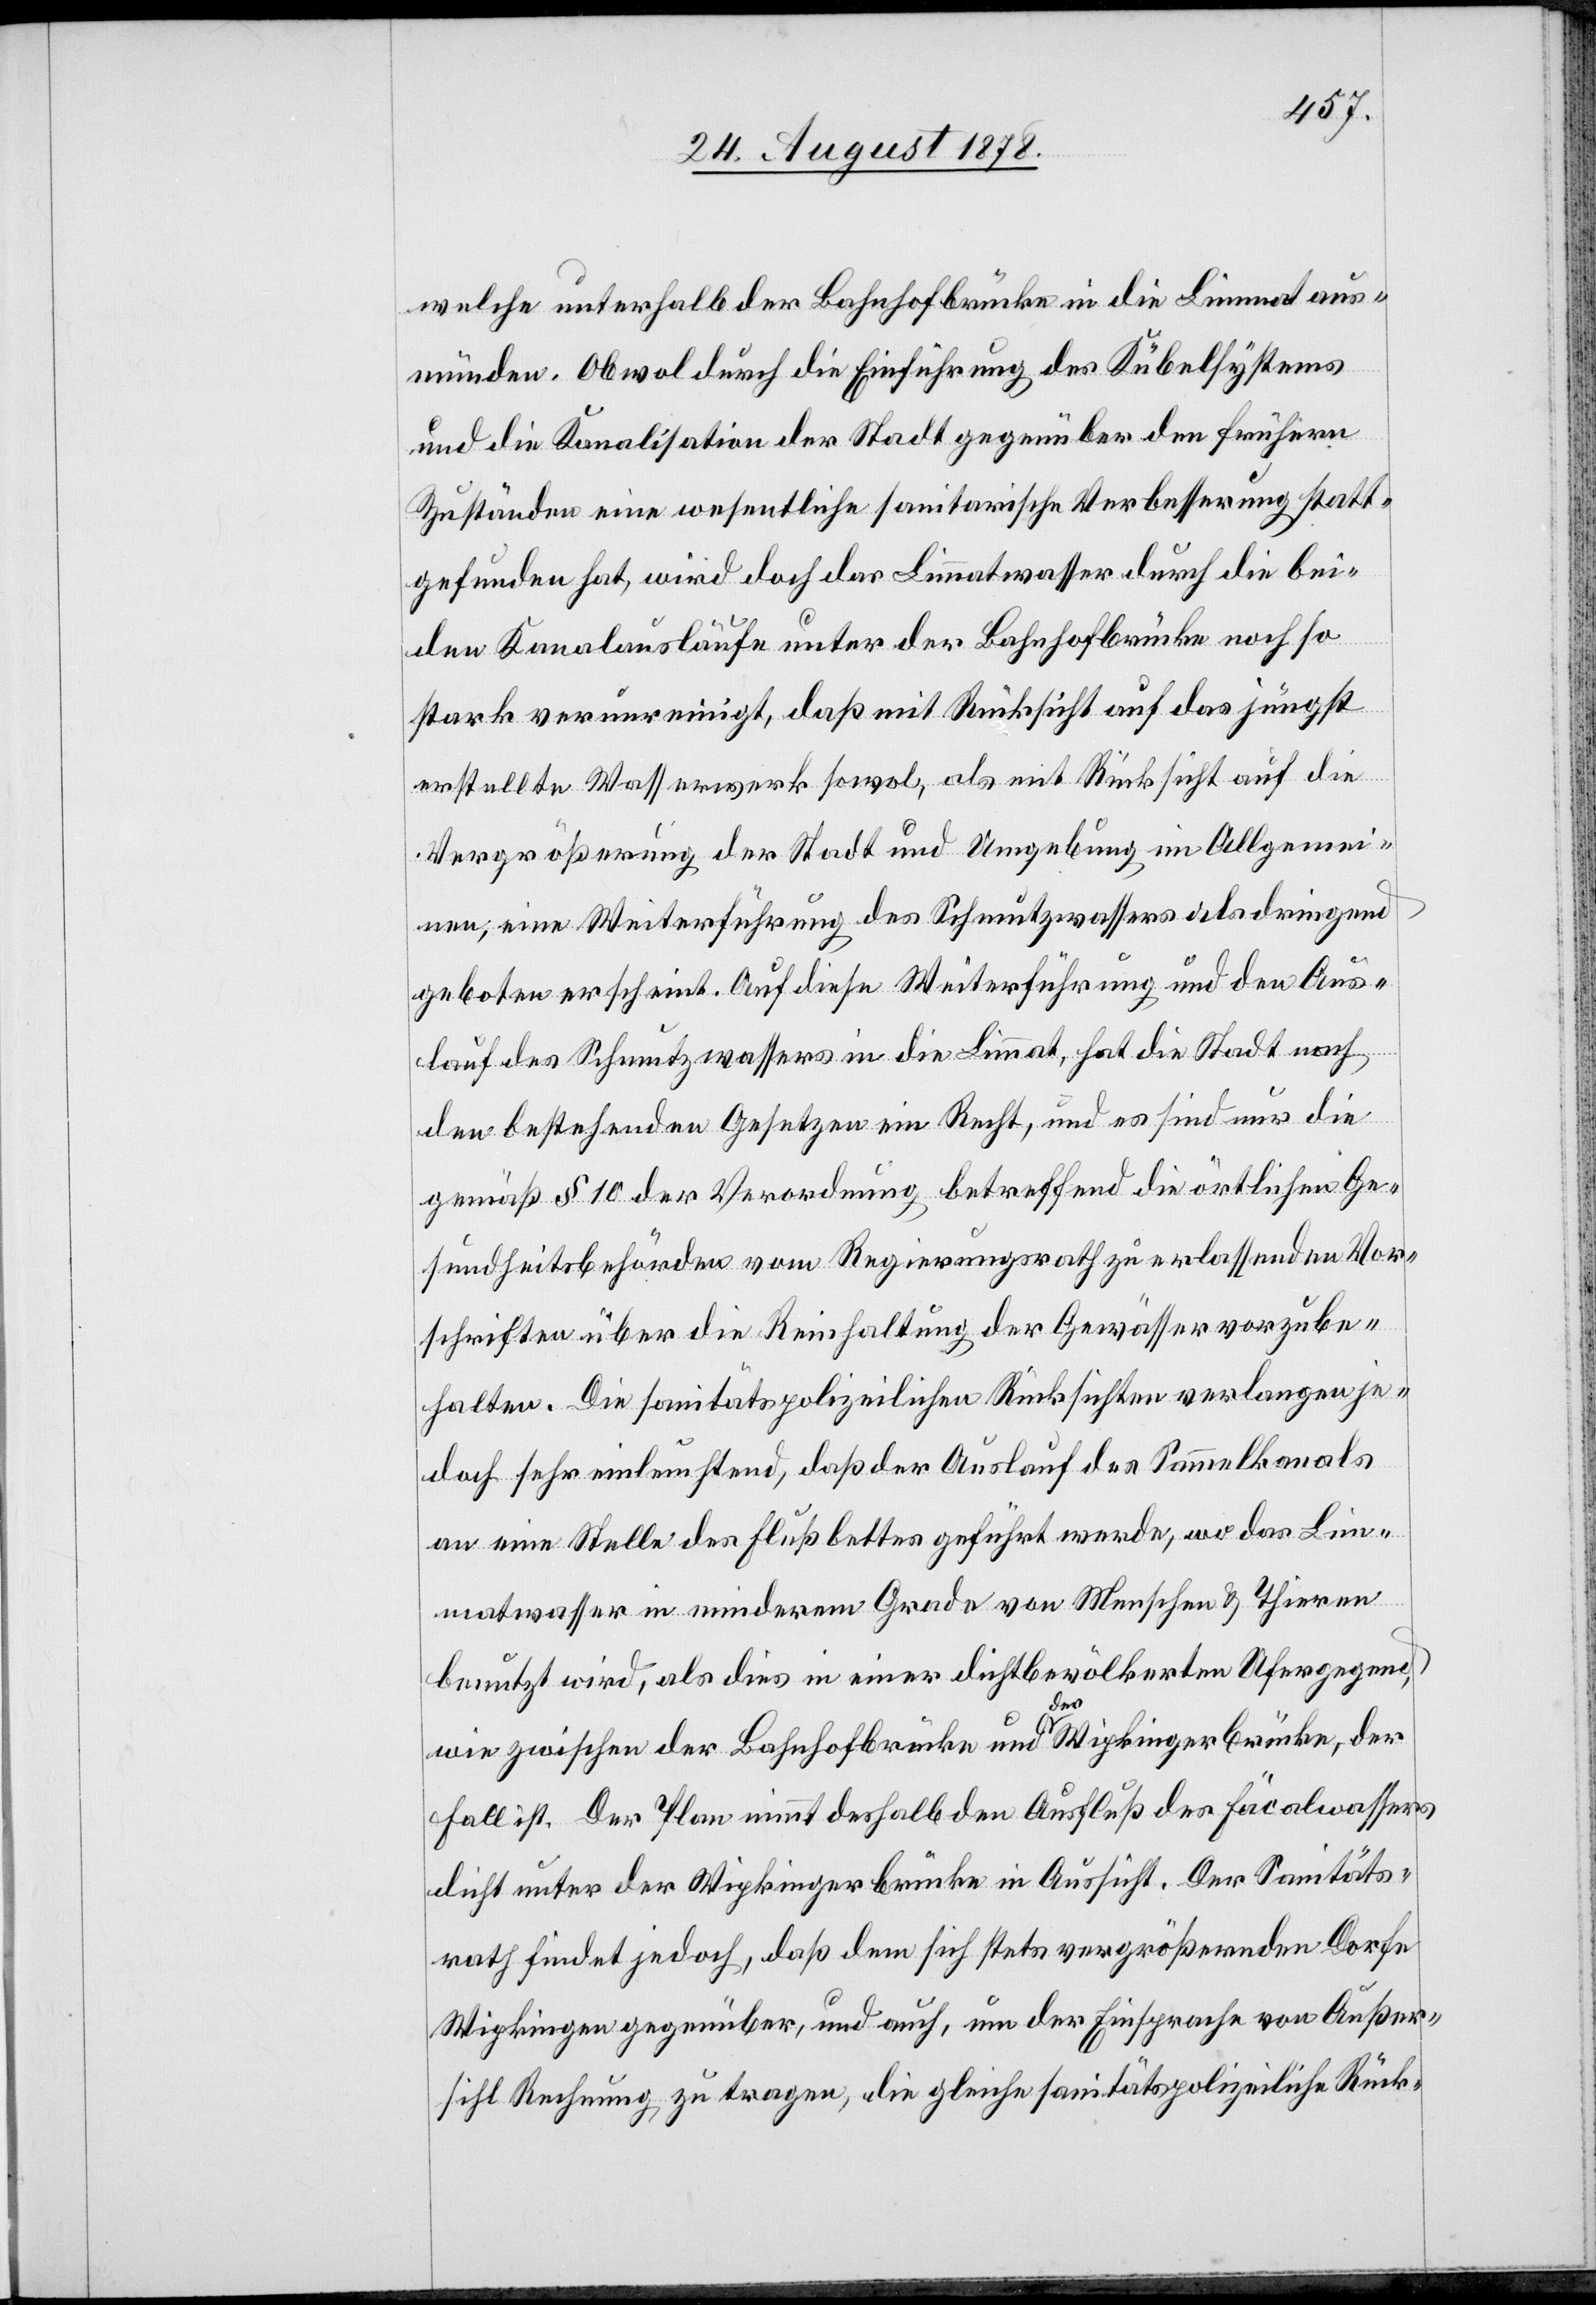
welche unterhalb der Bahnhofbrücke in die Limmat aus¬
münden. Obwol durch die Einführung des Kübelsystems
und die Kanalisation der Stadt gegenüber den frühern
Zuständen eine wesentliche sanitarische Verbesserung statt¬
gefunden hat, wird doch das Limmatwasser durch die bei¬
den Kanalausläufe unter der Bahnhofbrücke noch so
stark verunreinigt, daß mit Rücksicht auf das jüngst
erstellte Wasserwerk sowol, als mit Rücksicht auf die
Vergrößerung der Stadt und Umgebung im Allgemei¬
nen, eine Weiterführung des Schmutzwassers als dringend
geboten erscheint. Auf diese Weiterführung und den Aus¬
lauf des Schmutzwassers in die Limmat, hat die Stadt nach
den bestehenden Gesetzen ein Recht, und es sind nur die
gemäß § 10 der Verordnung betreffend die örtlichen Ge¬
sundheitsbehörden vom Regierungsrath zu erlassenden Vor¬
schriften über die Reinhaltung der Gewässer vorzube¬
halten. Die sanitätspolizeilichen Rücksichten verlangen je¬
doch sehr einleuchtend, daß der Auslauf des Sammelkanals
an eine Stelle des Flussbettes geführt werde, wo das Lim¬
matwasser in minderem Grade von Menschen & Thieren
benutzt wird, als dies in einer dichtbevölkerten Ufergegend,
wie zwischen der Bahnhofbrücke und der Wipkingerbrücke, der
Fall ist. Der Plan nimmt deshalb den Ausfluß des Fäcalwassers
dicht unter der Wipkingerbrücke in Aussicht. Der Sanitäts¬
rath findet jedoch, daß dem sich stets vergrößernden Dorfe
Wipkingen gegenüber, und auch, um der Einsprache von Außer¬
sihl Rechnung zu tragen, die gleiche sanitätspolizeiliche Rück-